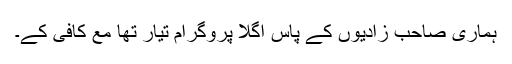
ہماری صاحب زادیوں کے پاس اگلا پروگرام تیار تھا مع کافی کے۔